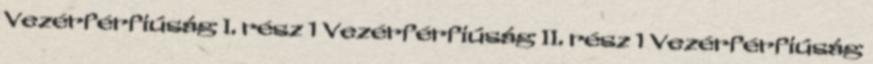
Vezérférfiúság I. rész 1 Vezérférfiúság II. rész 1 Vezérférfiúság